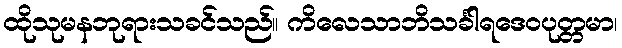
ထိုသုမနဘုရားသခင်သည်။ ကိလေသာဘိသင်္ခါရဒေဝပုတ္တမာ၊